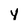
Character: y